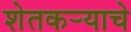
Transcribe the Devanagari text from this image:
शेतकर्‍याचे